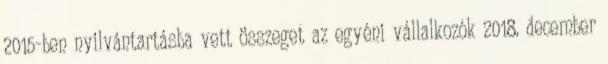
2015-ben nyilvántartásba vett összeget az egyéni vállalkozók 2018. december